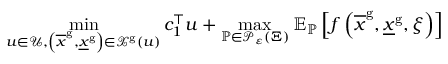
\operatorname* { m i n } _ { u \in { \mathcal U } , \left( \overline { { x } } ^ { \mathrm { g } } , \underline { { x } } ^ { \mathrm { g } } \right) \in { \mathcal X } ^ { \mathrm { g } } \left( u \right) } { c } _ { 1 } ^ { \top } { u } + \operatorname* { m a x } _ { { \mathbb P } \in { \mathcal P } _ { \varepsilon } \left( { \Xi } \right) } { \mathbb E } _ { \mathbb P } \left[ f \left( \overline { { x } } ^ { \mathrm { g } } , \underline { { x } } ^ { \mathrm { g } } , { \xi } \right) \right]